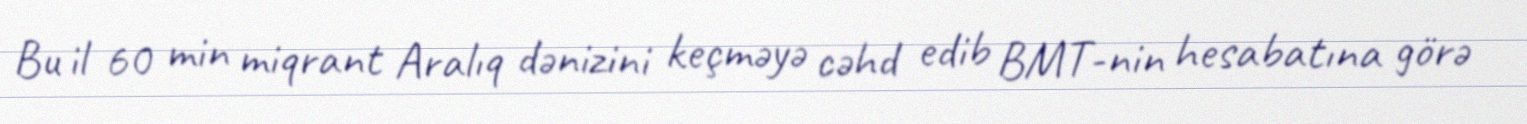
Bu il 60 min miqrant Aralıq dənizini keçməyə cəhd edib BMT-nin hesabatına görə